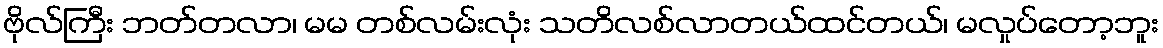
ဗိုလ်ကြီး ဘတ်တလာ၊ မမ တစ်လမ်းလုံး သတိလစ်လာတယ်ထင်တယ်၊ မလှုပ်တော့ဘူး